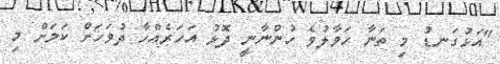
"އަޅުގަނޑު މި ތަނާ ހަވާލުވެ ހުންނާނީ ދޮޅު އަހަރެއްހާ ދުވަހަށް ކަމަށް މި